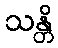
သန္တိ